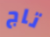
تاج